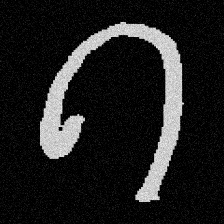
Pyu character \u2014 Myanmar letter: ဂ (romanized: ga)